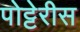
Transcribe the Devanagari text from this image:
पोट्टेरीस